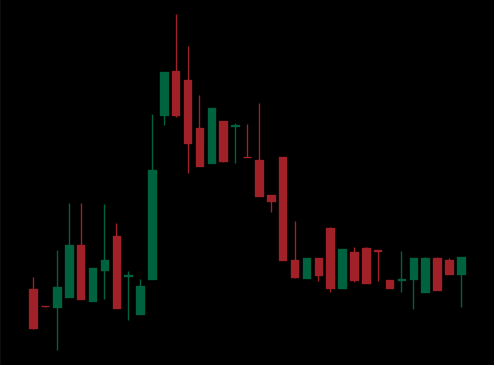
Pattern: head_shoulders